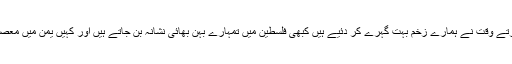
کہتے ہیں وقت بڑا مرہم ہوتا ہے لیکن اس گزرتے وقت نے ہمارے زخم بہت گہرے کر دئیے ہیں کبھی فلسطین میں تمہارے بہن بھائی نشانہ بن جاتے ہیں اور کہیں یمن میں معصوم بچوں کی موت ہمارا زخم ہرا کر دیتی ہے۔